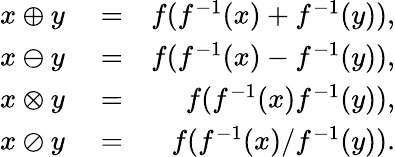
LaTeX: \begin{array}{rlr}{x\oplus y}&{{}=}&{f(f^{-1}(x)+f^{-1}(y)),}\\ {x\ominus y}&{{}=}&{f(f^{-1}(x)-f^{-1}(y)),}\\ {x\otimes y}&{{}=}&{f(f^{-1}(x)f^{-1}(y)),}\\ {x\oslash y}&{{}=}&{f(f^{-1}(x)/f^{-1}(y)).}\end{array}